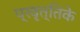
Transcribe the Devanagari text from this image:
प्रवृत्तिके